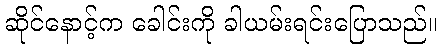
ဆိုင်နောင့်က ခေါင်းကို ခါယမ်းရင်းပြောသည်။